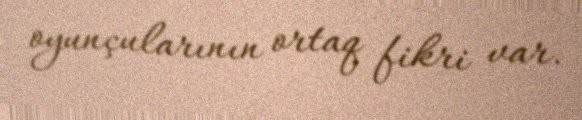
oyunçularının ortaq fikri var.